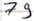
Text: 79